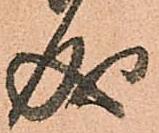
成